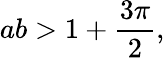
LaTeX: ab>1+{\frac{3\pi}{2}},